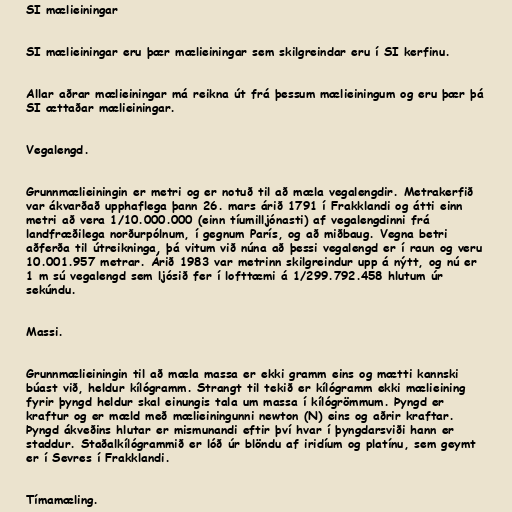
SI mælieiningar

SI mælieiningar eru þær mælieiningar sem skilgreindar eru í SI kerfinu.

Allar aðrar mælieiningar má reikna út frá þessum mælieiningum og eru þær þá
SI ættaðar mælieiningar.

Vegalengd.

Grunnmælieiningin er metri og er notuð til að mæla vegalengdir. Metrakerfið
var ákvarðað upphaflega þann 26. mars árið 1791 í Frakklandi og átti einn
metri að vera 1/10.000.000 (einn tíumilljónasti) af vegalengdinni frá
landfræðilega norðurpólnum, í gegnum París, og að miðbaug. Vegna betri
aðferða til útreikninga, þá vitum við núna að þessi vegalengd er í raun og veru
10.001.957 metrar. Árið 1983 var metrinn skilgreindur upp á nýtt, og nú er
1 m sú vegalengd sem ljósið fer í lofttæmi á 1/299.792.458 hlutum úr
sekúndu.

Massi.

Grunnmælieiningin til að mæla massa er ekki gramm eins og mætti kannski
búast við, heldur kílógramm. Strangt til tekið er kílógramm ekki mælieining
fyrir þyngd heldur skal einungis tala um massa í kílógrömmum. Þyngd er
kraftur og er mæld með mælieiningunni newton (N) eins og aðrir kraftar.
Þyngd ákveðins hlutar er mismunandi eftir því hvar í þyngdarsviði hann er
staddur. Staðalkílógrammið er lóð úr blöndu af iridíum og platínu, sem geymt
er í Sevres í Frakklandi.

Tímamæling.